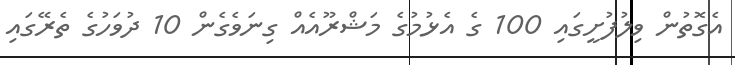
އެގޮތުން ވިލުފުށީގައި 100 ގެ އެޅުމުގެ މަޝްރޫއެއް ގިނަވެގެން 10 ދުވަހުގެ ތެރޭގައި